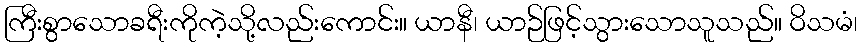
ကြီးစွာသောခရီးကိုကဲ့သို့လည်းကောင်း။ ယာနီ၊ ယာဉ်ဖြင့်သွားသောသူသည်။ ဝိသမံ၊